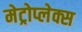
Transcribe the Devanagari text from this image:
मेट्रोप्लेक्स